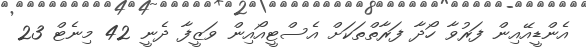
އެންޑީއޭއިން ފަރުވާ ހޯދާ ފަރާތްތަކަށް އެސްޓީއޯއިން ވަޒީފާ ދެނީ 42 މިނެޓް 23